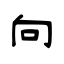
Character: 向